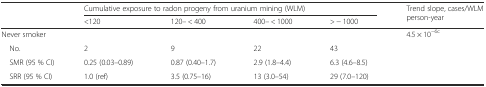
<table><thead><tr><td rowspan="2"></td><td colspan="4"><b>Cumulative exposure to radon progeny from uranium mining (WLM)</b></td><td rowspan="2"><b>Trend slope, cases/WLM person-year</b></td></tr><tr><td><b>&lt;120</b></td><td><b>120– &lt; 400</b></td><td><b>400– &lt; 1000</b></td><td><b>&gt; − 1000</b></td></tr></thead><tbody><tr><td colspan="5">Never smoker</td><td rowspan="4">4.5 × 10<sup>−6c</sup></td></tr><tr><td> No.</td><td>2</td><td>9</td><td>22</td><td>43</td></tr><tr><td> SMR (95 % CI)</td><td>0.25 (0.03–0.89)</td><td>0.87 (0.40–1.7)</td><td>2.9 (1.8–4.4)</td><td>6.3 (4.6–8.5)</td></tr><tr><td> SRR (95 % CI)</td><td>1.0 (ref)</td><td>3.5 (0.75–16)</td><td>13 (3.0–54)</td><td>29 (7.0–120)</td></tr></tbody></table>